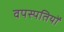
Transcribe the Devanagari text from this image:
वपस्पतियों